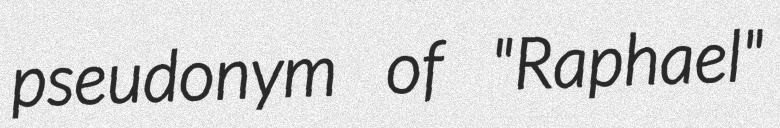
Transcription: pseudonym of "Raphael"